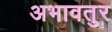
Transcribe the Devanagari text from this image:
अभावतुर